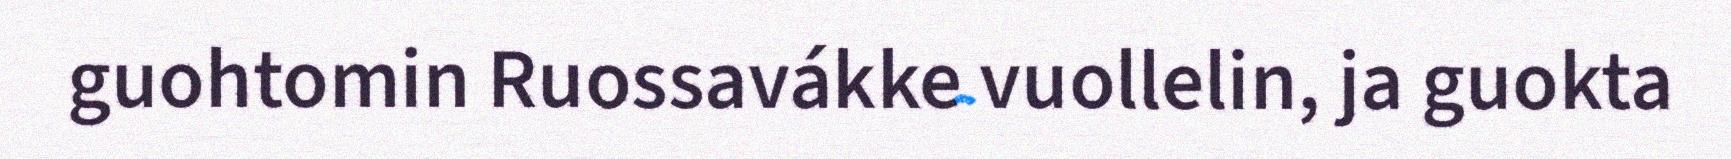
guohtomin Ruossavákke vuollelin, ja guokta